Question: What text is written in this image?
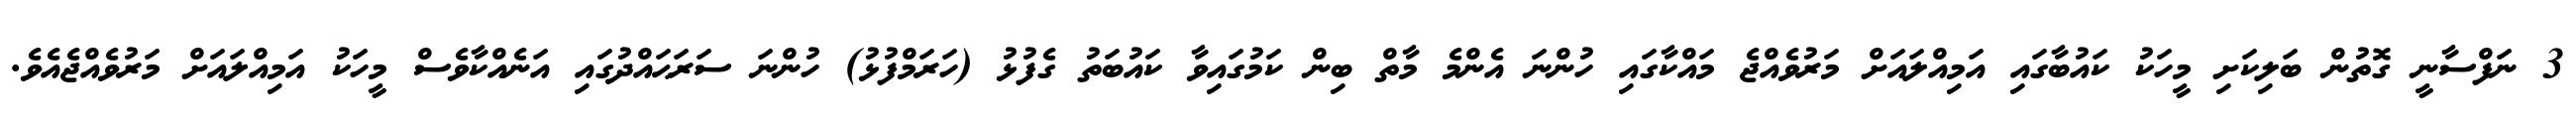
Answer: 3 ނަފްސާނީ ގޮތުން ބަލިކަށި މީހަކު ކައުބާގައި އަމިއްލައަށް މަރުވެއްޖެ މައްކާގައި ހުންނަ އެންމެ މާތް ބިން ކަމުގައިވާ ކައުބަތު ގެފުޅު (ހަރަމްފުޅު) ހުންނަ ސަރަޙައްދުގައި އަނެއްކާވެސް މީހަކު އަމިއްލައަށް މަރުވެއްޖެއެވެ.